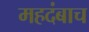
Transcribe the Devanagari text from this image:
महदंबाच